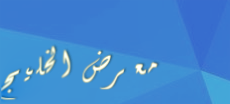
معرض الخليج